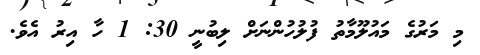
މި މަރުގެ މައުލޫމާތު ފުލުހުންނަށް ލިބުނީ 30: 1 ހާ އިރު އެވެ.